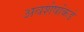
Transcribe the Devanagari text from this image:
अवशेषांकडे